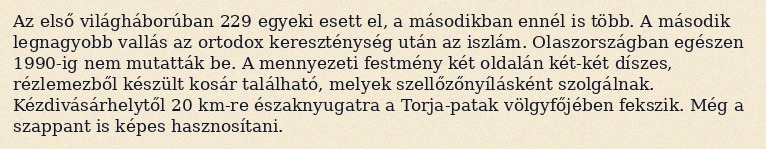
Az első világháborúban 229 egyeki esett el, a másodikban ennél is több. A második legnagyobb vallás az ortodox kereszténység után az iszlám. Olaszországban egészen 1990-ig nem mutatták be. A mennyezeti festmény két oldalán két-két díszes, rézlemezből készült kosár található, melyek szellőzőnyílásként szolgálnak. Kézdivásárhelytől 20 km-re északnyugatra a Torja-patak völgyfőjében fekszik. Még a szappant is képes hasznosítani.